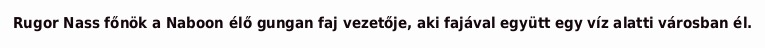
Rugor Nass főnök a Naboon élő gungan faj vezetője, aki fajával együtt egy víz alatti városban él.